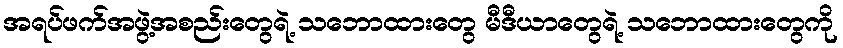
အရပ်ဖက်အဖွဲ့အစည်းတွေရဲ့ သဘောထားတွေ မီဒီယာတွေရဲ့ သဘောထားတွေကို